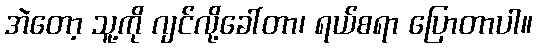
အဲတော့ သူ့ကို ဂျင်လို့ခေါ်တာ၊ ရယ်စရာ ပြောတာပါ။